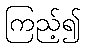
ကြည့်၍